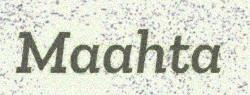
Maahta